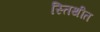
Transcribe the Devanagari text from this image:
स्तिथीत